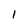
Character: 1